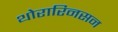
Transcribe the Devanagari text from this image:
थोरारिनसन